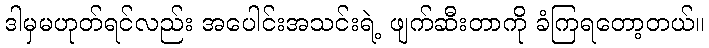
ဒါမှမဟုတ်ရင်လည်း အပေါင်းအသင်းရဲ့ ဖျက်ဆီးတာကို ခံကြရတော့တယ်။